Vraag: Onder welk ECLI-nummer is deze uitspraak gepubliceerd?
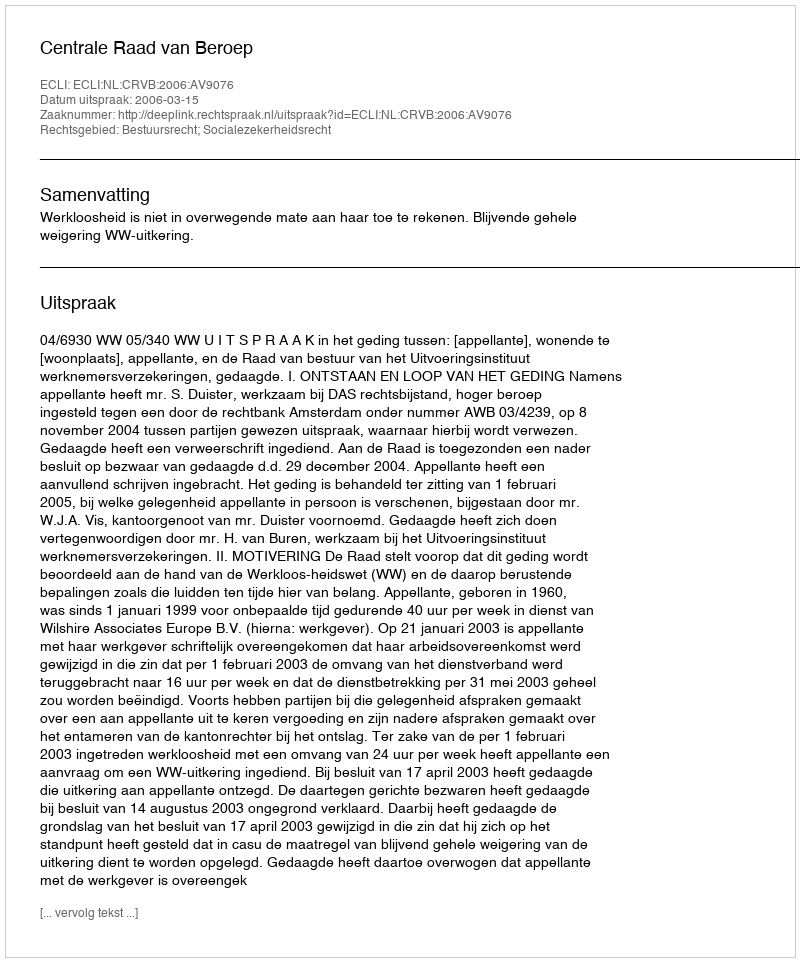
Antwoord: ECLI:NL:CRVB:2006:AV9076